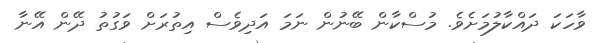
ވާހަކަ ދައްކާލުމަށެވެ. މުސްކާން ބޭނުން ނަމަ އަދިވެސް އިތުރަށް ވަގުތު ދޭން އޭނާ